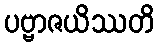
ပဗ္ဗာဇယိဿတိ